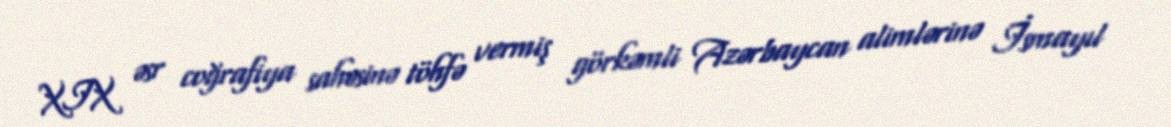
XIX əsr coğrafiya sahəsinə töhfə vermiş görkəmli Azərbaycan alimlərinə İsmayıl